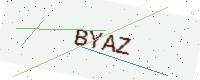
Text: BYAZ